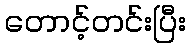
တောင့်တင်းပြီး